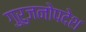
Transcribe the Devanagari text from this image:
गुरुजनोपदेश